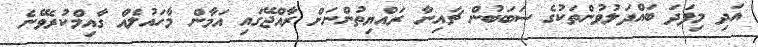
އަދި މިފަަދަ ބައްދަލުވުންތަކުގެ ސަބަބުން ޗައިނާ ރައްޔިތުންނަށް ރާއްޖޭގައި އަމާން މާހައުލެއް ގާއިމްކުރެވޭނެ